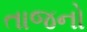
તાજનો